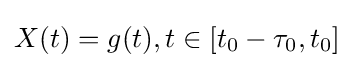
X(t)=g(t),t\in [t_{0}-\tau _{0},t_{0}]